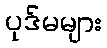
ပုဒ်မများ